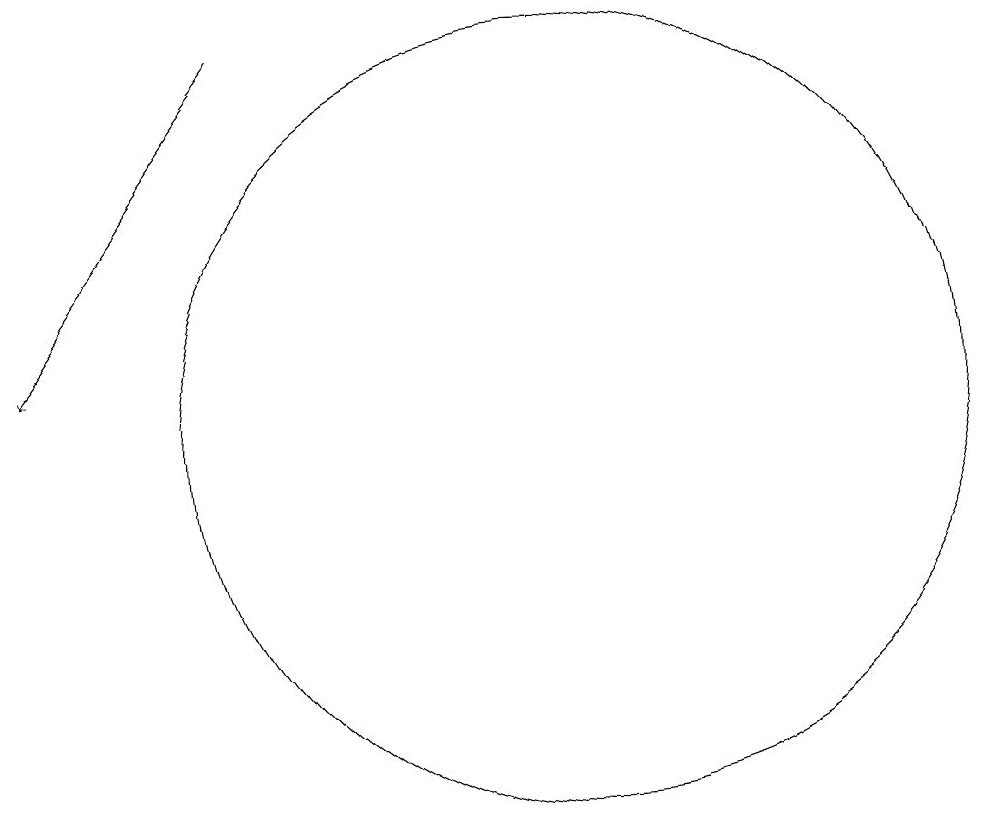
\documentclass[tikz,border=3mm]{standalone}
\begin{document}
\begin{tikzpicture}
\draw (11,11) circle (0);
\draw[->] (6,15) -- (3,11);
\draw (10,10) circle (5);
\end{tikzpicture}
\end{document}